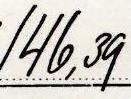
146,39